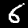
Label: 6